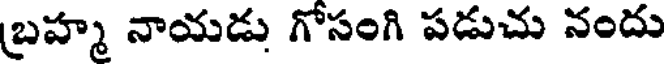
బ్రహ్మ నాయడు గోసంగి పడుచు నందు